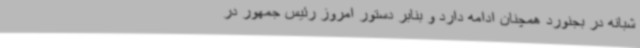
شبانه در بجنورد همچنان ادامه دارد و بنابر دستور امروز رئیس جمهور در